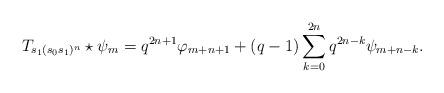
LaTeX: \begin{align*}T_{s_1(s_0s_1)^n}\star\psi_m=q^{2n+1}\varphi_{m+n+1}+(q-1)\sum_{k=0}^{2n}q^{2n-k}\psi_{m+n-k}.\end{align*}